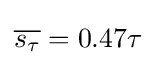
{\overline {s_{\tau }}}=0.47\tau